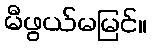
မီဖွယ်မမြင်။